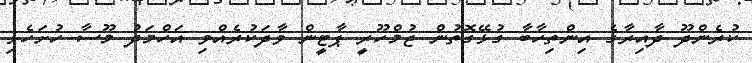
ކުރެންދޫ ދާއިރާގެ އިންތިހާބާ ގުޅޭގޮތުން ޖުމްހޫރީ ޕާޓީން ވާދަކުރެއްވި އަހްމަދު މޫސާ ހުށަހެޅި